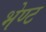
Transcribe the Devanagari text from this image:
भेण्ट